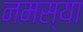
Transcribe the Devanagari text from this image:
नमस्या